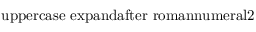
\mathrm { \ u p p e r c a s e \ e x p a n d a f t e r { \ r o m a n n u m e r a l 2 } }